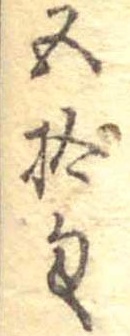
五拾匁